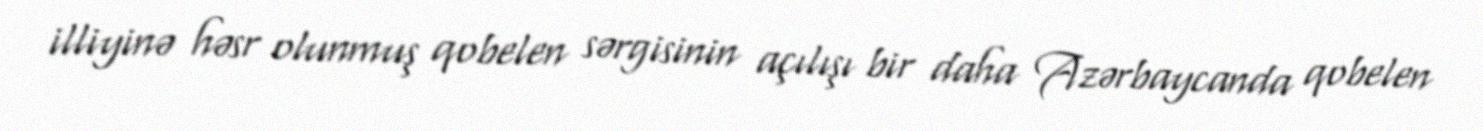
illiyinə həsr olunmuş qobelen sərgisinin açılışı bir daha Azərbaycanda qobelen